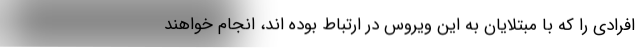
افرادی را که با مبتلایان به این ویروس در ارتباط بوده اند، انجام خواهند